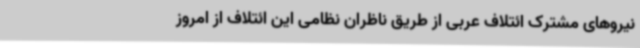
نیروهای مشترک ائتلاف عربی از طریق ناظران نظامی این ائتلاف از امروز